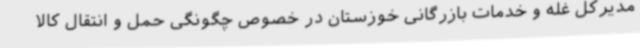
مدیرکل غله و خدمات بازرگانی خوزستان در خصوص چگونگی حمل و انتقال کالا